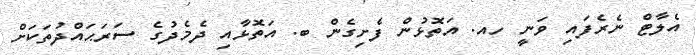
އެލާޓް ނެރެފައި ވަނީ ހއ. އަތޮޅުން ފެށިގެން ބ. އަތޮޅާއި ދެމެދުގެ ސަރަޙައްދުތަކަށް